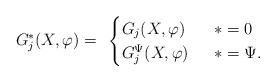
LaTeX: \begin{align*}G^*_j (X, \varphi) = \begin{array}{ll}\begin{cases}G_j (X, \varphi) & \;\; * = 0 \\G_j^{\Psi} (X, \varphi) & \;\; * = \Psi.\end{cases}\end{array}\end{align*}